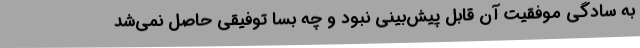
به سادگی موفقیت آن قابل پیش‌بینی نبود و چه بسا توفیقی حاصل نمی‌شد